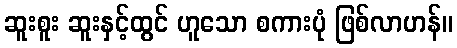
ဆူးစူး ဆူးနှင့်ထွင် ဟူသော စကားပုံ ဖြစ်လာဟန်။